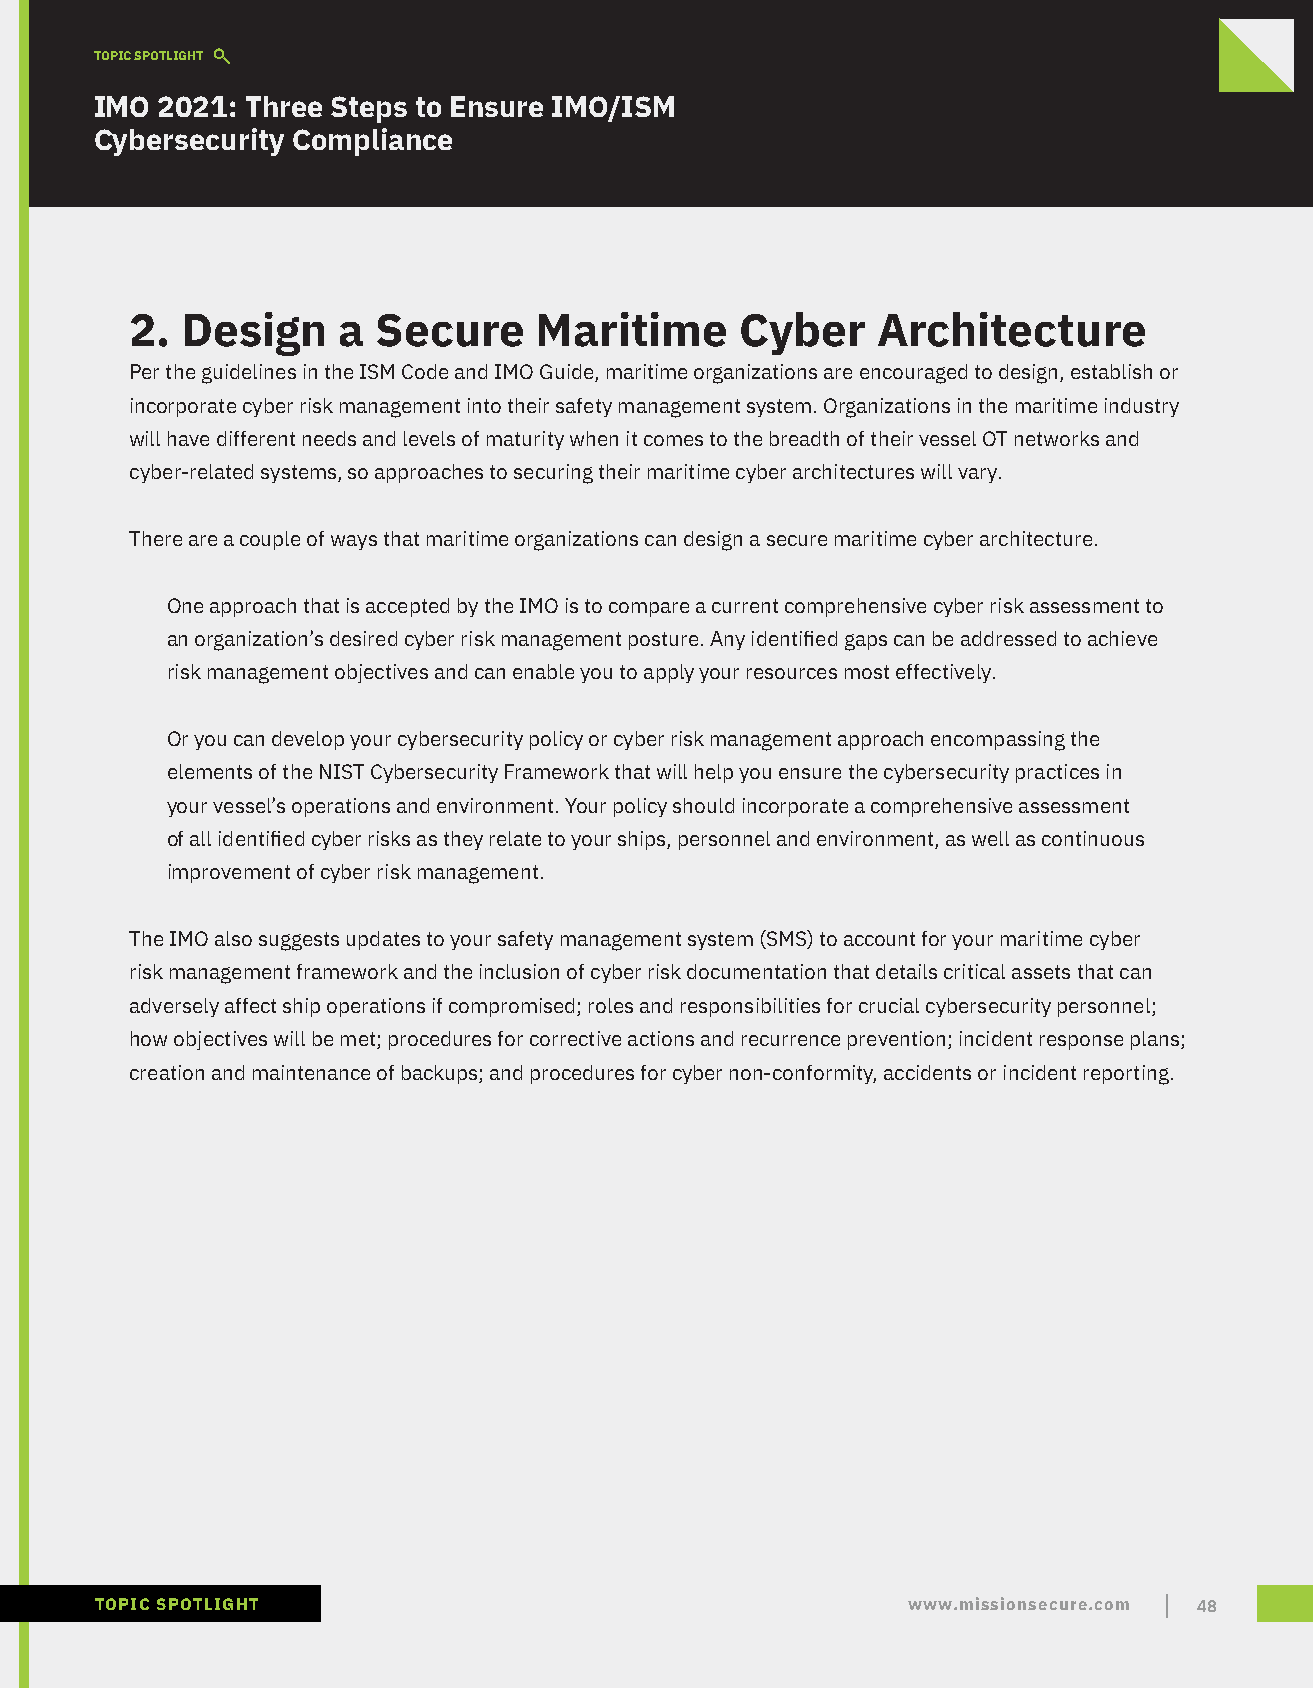
TOPIC SPOTLIGHT
 IMO 2021: Three Steps to Ensure IMO/ISM
 Cybersecurity Compliance
 2. Design    a  Secure    Maritime      Cyber    Architecture
 Per the guidelines in the ISM Code and IMO Guide, maritime organizations are encouraged to design, establish or
 incorporate cyber risk management into their safety management system. Organizations in the maritime industry
 will have different needs and levels of maturity when it comes to the breadth of their vessel OT networks and
 cyber-related systems, so approaches to securing their maritime cyber architectures will vary.
 There are a couple of ways that maritime organizations can design a secure maritime cyber architecture.
 One approach that is accepted by the IMO is to compare a current comprehensive cyber risk assessment to
 an organization’s desired cyber risk management posture. Any identified gaps can be addressed to achieve
 risk management objectives and can enable you to apply your resources most effectively.
 Or you can develop your cybersecurity policy or cyber risk management approach encompassing the
 elements of the NIST Cybersecurity Framework that will help you ensure the cybersecurity practices in
 your vessel’s operations and environment. Your policy should incorporate a comprehensive assessment
 of all identified cyber risks as they relate to your ships, personnel and environment, as well as continuous
 improvement of cyber risk management.
 The IMO also suggests updates to your safety management system (SMS) to account for your maritime cyber
 risk management framework and the inclusion of cyber risk documentation that details critical assets that can
 adversely affect ship operations if compromised; roles and responsibilities for crucial cybersecurity personnel;
 how objectives will be met; procedures for corrective actions and recurrence prevention; incident response plans;
 creation and maintenance of backups; and procedures for cyber non-conformity, accidents or incident reporting.
 TOPIC SPOTLIGHT                                       www.missionsecure.com 48